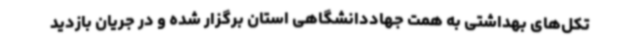
تکل‌های بهداشتی به همت جهاددانشگاهی استان برگزار شده و در جریان بازدید